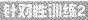
针对性训练2